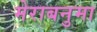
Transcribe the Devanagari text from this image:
मेराबनुमा